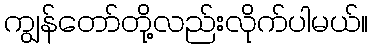
ကျွန်တော်တို့လည်းလိုက်ပါမယ်။